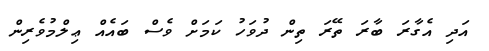
އަދި އެގާރަ ބާރަ ތޭރަ ތިން ދުވަހު ކަމަށް ވެސް ބައެއް ޢިލްމުވެރިން